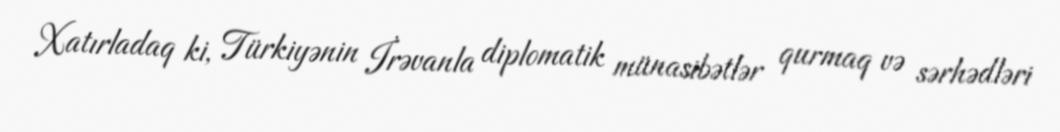
Xatırladaq ki, Türkiyənin İrəvanla diplomatik münasibətlər qurmaq və sərhədləri